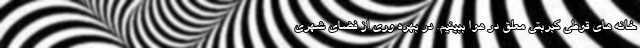
خانه های قوطی کبربتی معلق در هوا ببینیم. در بهره وری از فضای شهری